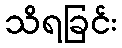
သိရခြင်း